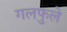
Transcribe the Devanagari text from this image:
गलफुले